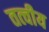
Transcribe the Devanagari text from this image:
तत्‍वीय